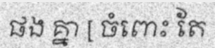
ផង គ្នា [ ចំពោះ តែ